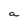
Character: a